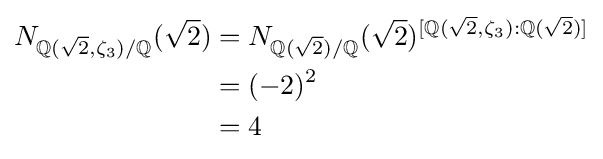
{\begin{aligned}N_{\mathbb {Q} ({\sqrt {2}},\zeta _{3})/\mathbb {Q} }({\sqrt {2}})&=N_{\mathbb {Q} ({\sqrt {2}})/\mathbb {Q} }({\sqrt {2}})^{[\mathbb {Q} ({\sqrt {2}},\zeta _{3}):\mathbb {Q} ({\sqrt {2}})]}\\&=(-2)^{2}\\&=4\end{aligned}}